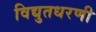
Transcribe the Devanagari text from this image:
विद्युतधरणी